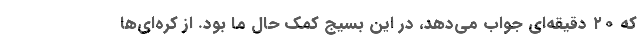
که ۲۰ دقیقه‌ای جواب می‌دهد، در این بسیج کمک حال ما بود. از کره‌ای‌ها